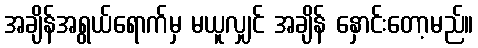
အချိန်အရွယ်ရောက်မှ မယူလျှင် အချိန် နှောင်းတော့မည်။